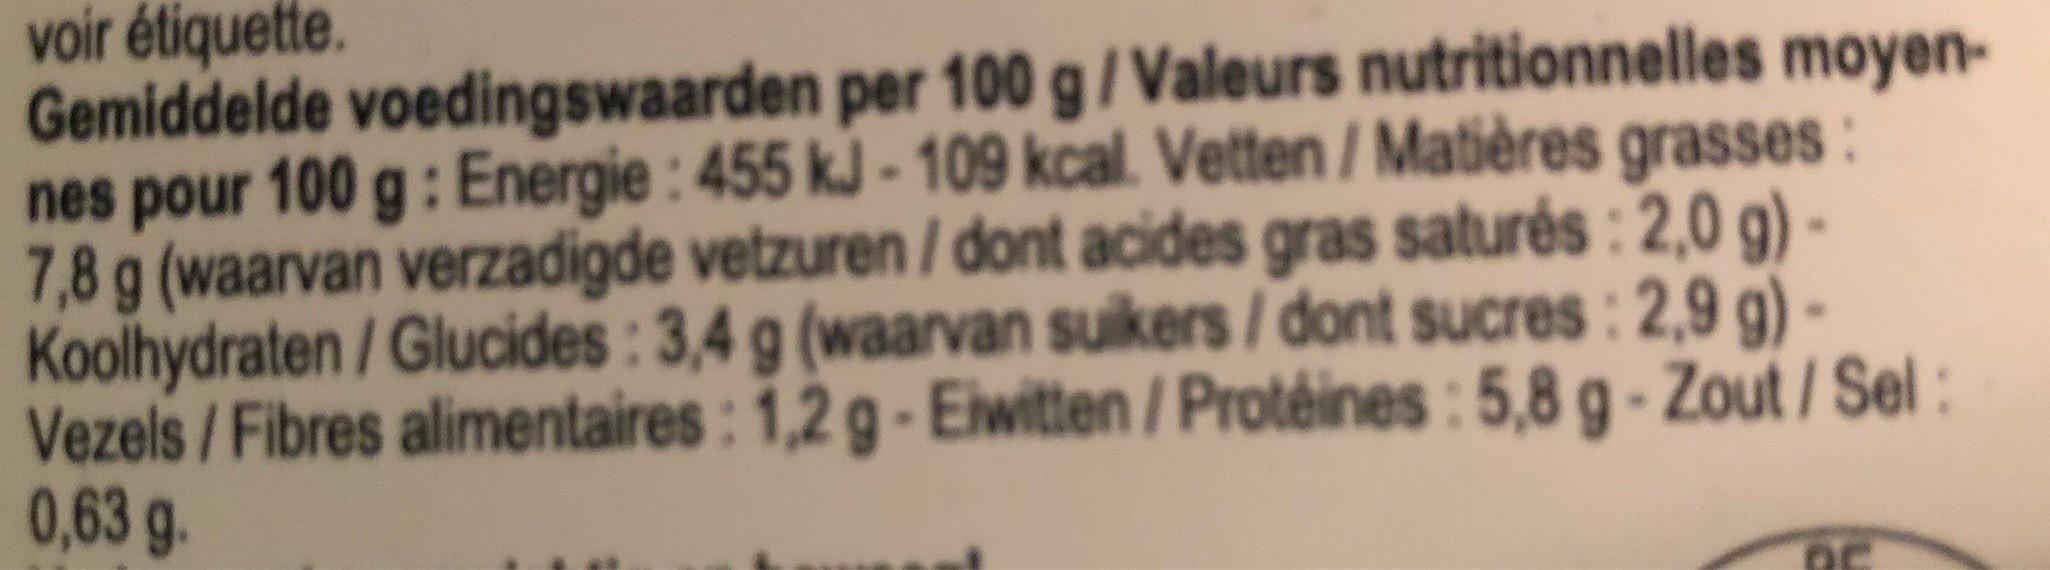
voir étiquette. Gemiddelde voedingswaarden per 100 g / Valeurs nutritionnelles moyen- nes pour 100 g: Energie : 455 kJ - 109 kcal. Vetten / Matières grasses : 7,8 g (waarvan verzadigde vetzuren / dont acides gras saturés : 2,0 g) - Koolhydraten / Glucides : 3,4 g (waarvan suikers / dont sucres : 2,9 g) - Vezels /Fibres alimentaires: 1,2 g - Eiwitten / Protéines : 5,8 g - Zout / Sel : 0,63 g.